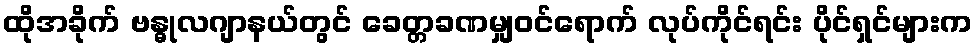
ထိုအခိုက် ဗန္ဓုလဂျာနယ်တွင် ခေတ္တခဏမျှဝင်ရောက် လုပ်ကိုင်ရင်း ပိုင်ရှင်များက